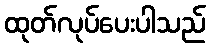
ထုတ်လုပ်ပေးပါသည်